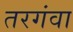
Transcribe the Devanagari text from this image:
तरगंवा